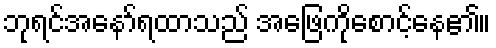
ဘုရင်အနော်ရထာသည် အဖြေကိုစောင့်နေ၏။